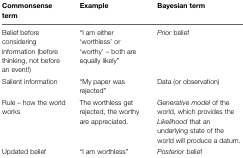
<table><thead><tr><td><b>Commonsense term</b></td><td><b>Example</b></td><td><b>Bayesian term</b></td></tr></thead><tbody><tr><td>Belief before considering information (before thinking, not before an event!)</td><td>“I am either ‘worthless’ or ‘worthy’ – both are equally likely”</td><td><i>Prior</i> belief</td></tr><tr><td>Salient information</td><td>“My paper was rejected”</td><td>Data (or observation)</td></tr><tr><td>Rule – how the world works</td><td>The worthless get rejected, the worthy are appreciated.</td><td><i>Generative model</i> of the world, which provides the <i>Likelihood</i> that an underlying state of the world will produce a datum.</td></tr><tr><td>Updated belief</td><td>“I am worthless”</td><td><i>Posterior</i> belief</td></tr></tbody></table>